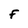
Character: F